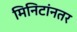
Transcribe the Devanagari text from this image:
मिनिटांनतर